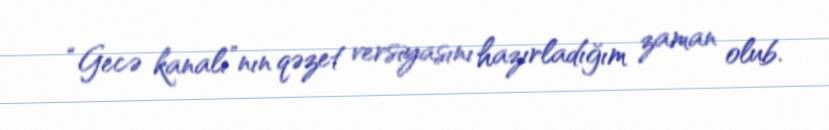
“Gecə kanalı”nın qəzet versiyasını hazırladığım zaman olub.